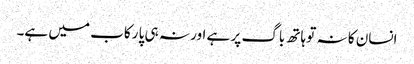
انسان کا نہ تو ہاتھ باگ پر ہے اور نہ ہی پا رکاب میں ہے۔